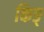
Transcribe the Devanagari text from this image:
किङ्